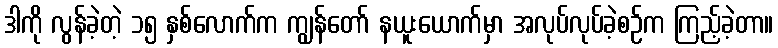
ဒါကို လွန်ခဲ့တဲ့ ၁၅ နှစ်လောက်က ကျွန်တော် နယူးယောက်မှာ အလုပ်လုပ်ခဲ့စဉ်က ကြည့်ခဲ့တာ။